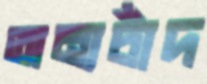
অন্যচাঁদ